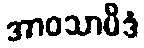
အာဝသာမိဒံ